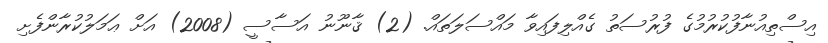
އިސްތިއުނާފުކުރުމުގެ ފުރުސަތު ގެއްލިފައިވާ މައްސަލަތައް. (2) ޤާނޫނު އަސާސީ (2008) އަށް ޢަމަލުކުރާންފެށި